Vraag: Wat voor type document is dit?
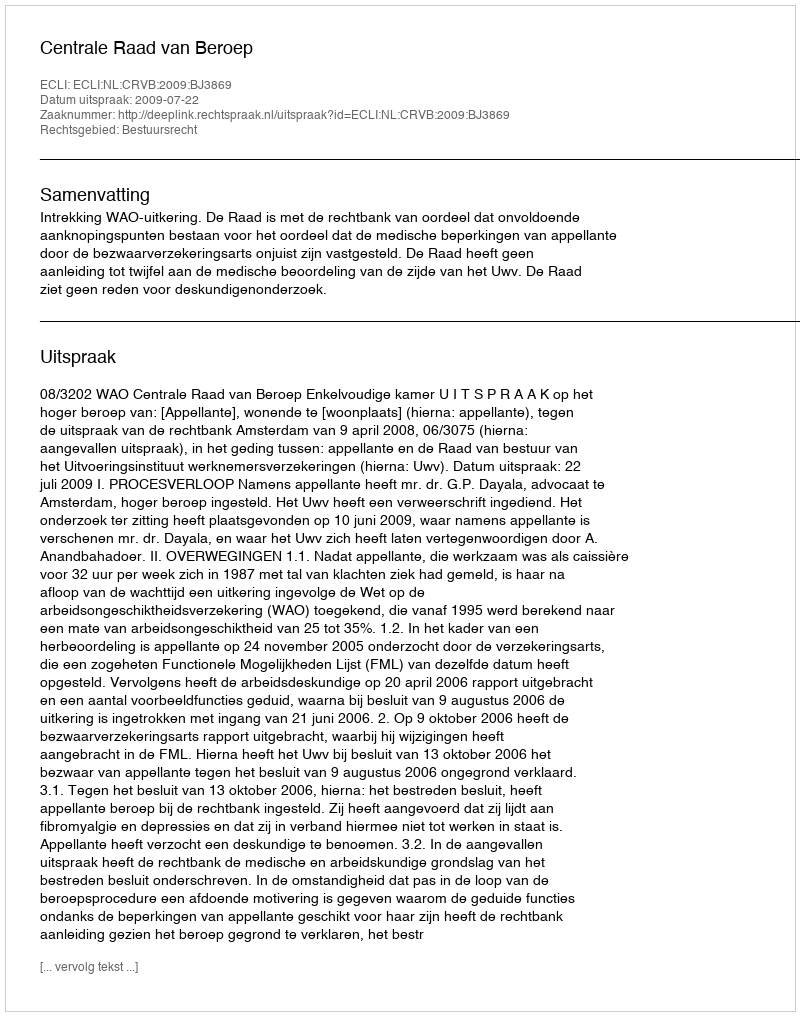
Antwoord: Uitspraak